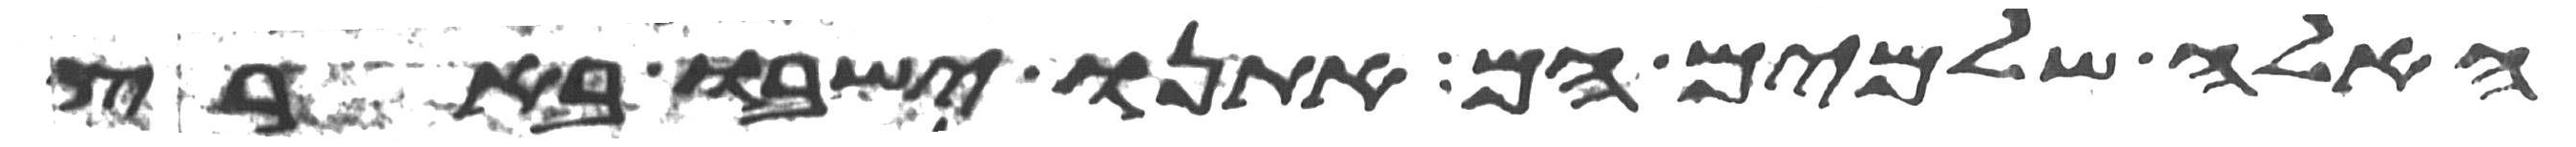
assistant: האלה שלמים הם אתנו ישבו בארץ